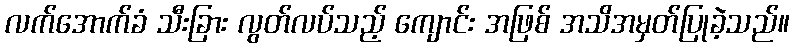
လက်အောက်ခံ သီးခြား လွတ်လပ်သည့် ကျောင်း အဖြစ် အသိအမှတ်ပြုခဲ့သည်။